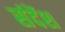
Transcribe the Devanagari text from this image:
संदेंश